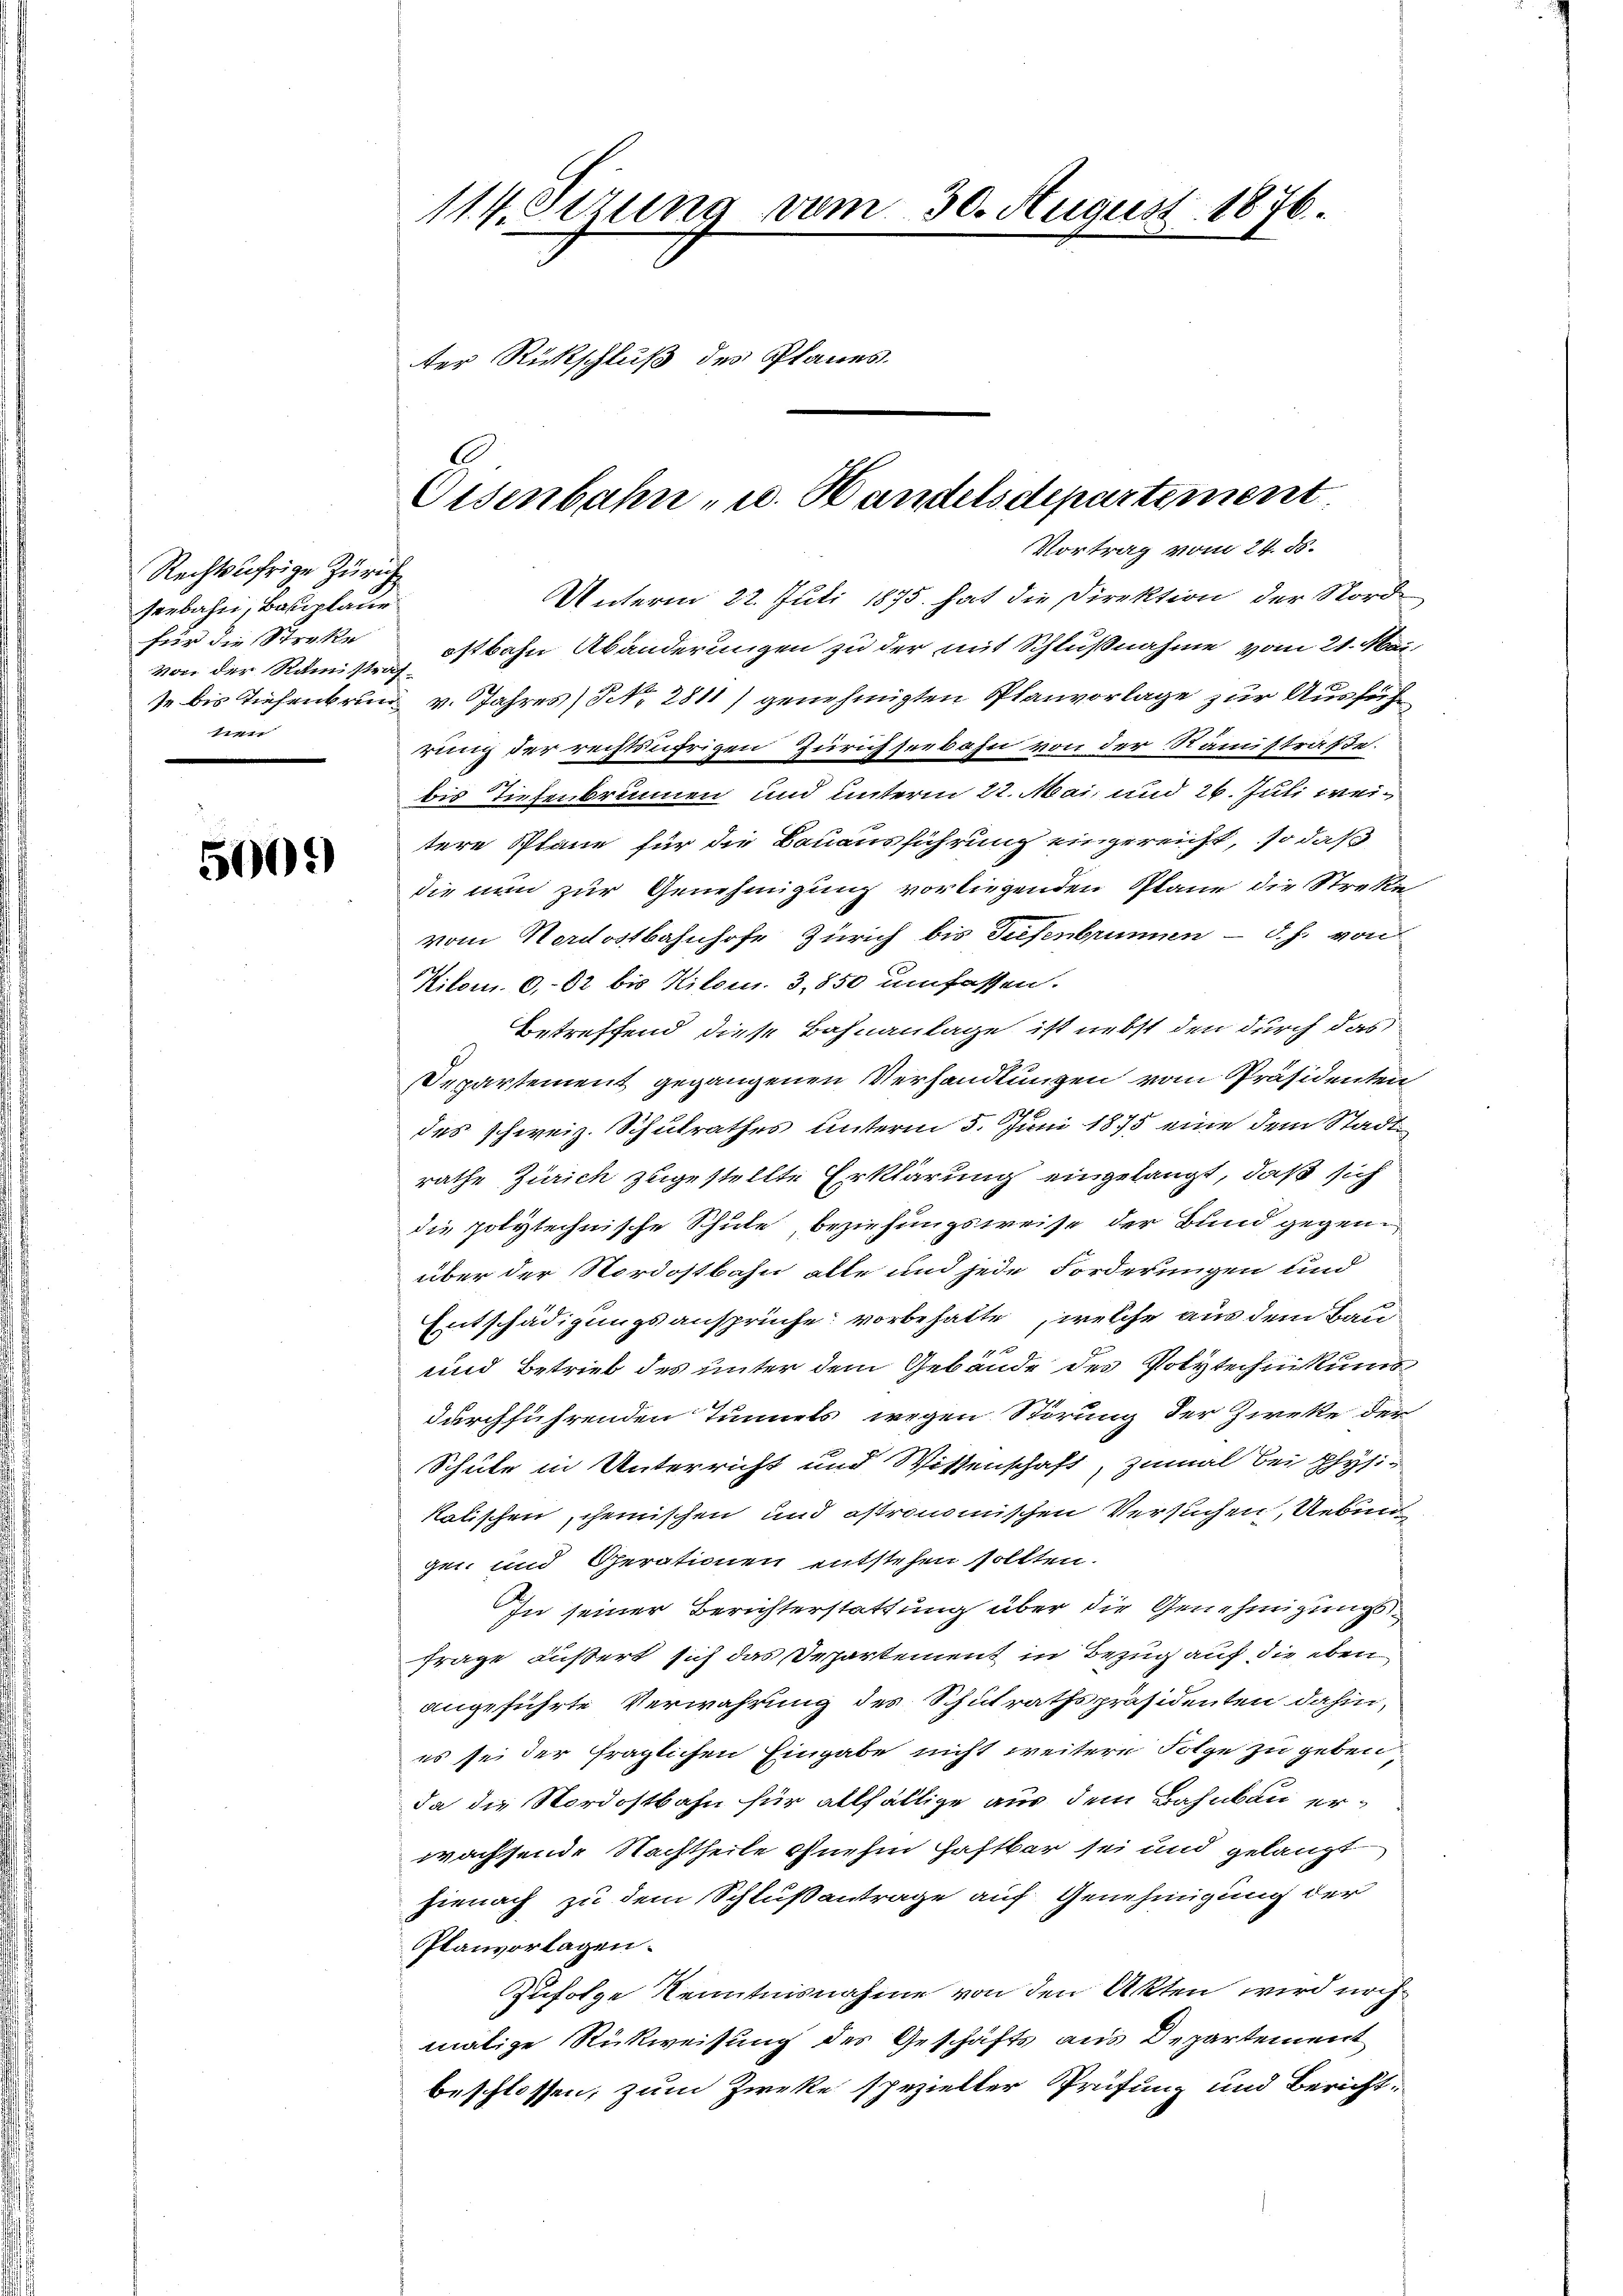
Rechtsufrige Zürich
seebahn, Bauplaur
für die Strakte
von der Rämistraf¬
11111.

500.)

114. Sizung vom 30. August 1876.
ter Rückschluß des Planes.

d
Eisenbahn - u. Handelsdepartement
Vortrag vom 24. ds.

Unterm 22. Juli 1875 hat die Direktion der Nord
ostbahn Abänderungen zu der mit Schlußnahme vom 21. Mai
se bis Tiefenbrun v. Jahres No. 2811) genehmigten Planvorlage zur Ausfüh
rung der rechtsufrigen Zürichseebahn von der Rämistraße.
bis Tiefenbrunnen und unterm 22. Mai, und 26. Juli weitere Pläne für die Bauausführung eingereicht, so daß
die nun zur Genehmigung vorliegenden Plane die Streke
vom Nordostbahnhofe Zürich bis Tiefenbrunnen - d. h. von
Kilom. 0,82 bis Kilom. 3,850 umfassen.
Betreffend diese Bahnanlage ist nebst den durch das
Departement gegangenen Verhandlungen vom Präsidenten
des schweiz. Schulrathes unterm 5. Juni 1875 eine dem Stadtrathe Zürich zugestellte Erklärung eingelangt, daß sich
die polytechnische Schule beziehungsweise der Bund gegenüber der Nordostbahn alle und jede Forderungen und
Entschädigungsansprüche vorbehalte, welche aus dem Bau¬
und Betrieb des unter dem Gebäude des Polytechnikums
durchführenden Tunnels wegen Störung der Zirke der
Schule in Unterricht und Wissenschaft, zumal bei physi-
kalischen chemischen und astronomischen Versuchen, Uebun
ge- und Gerationen entstehen sollten.
In seiner Berichterstattung über die Genehmigungs¬
Frage äußert sich das Departement in Bezug auf die eben
angeführte Verwahrung des Schulrathspräsidenten dahin,
es sei der fraglichen Eingabe nicht weitere Folge zu geben,
da die Nordostbahn für allfällige aus dem Bahnbau erwachsende Nachtheile ohnehin Haftbar sei und gelangt
hienach zu dem Schlußantrage auf Genehmigung der
Planvorlagen.
Zufolge Kenntnisnahme von den Akten wird noch
malige Rückweisung des Geschäfts aus Departement
beschlossen, zum Zwecke spezieller Prüfung und Bericht-